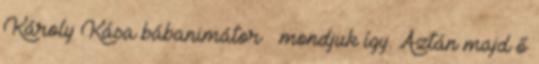
Károly Kása bábanimátor – mondjuk így. Aztán majd ő